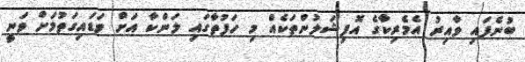
ބުނެފައި ވާއިރު އެމެރިކާގެ އޮފިޝަލުންތަކެއް މި ހަފުތާގައި ލަންކާ އަށް ވަޑައިގަތުމަށް ވަނީ